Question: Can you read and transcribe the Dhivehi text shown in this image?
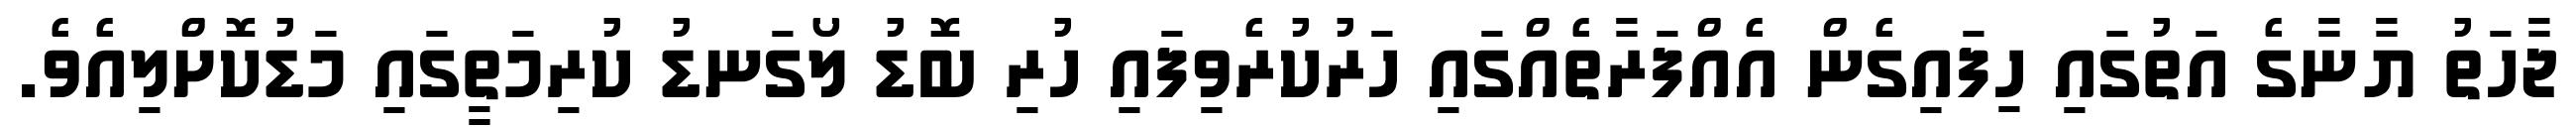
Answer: ޖާހަތު ޔާނާގެ އަތުގައި ހިފައިގެން އެއްފަރާތެއްގައި ހަރުކުރެވިފައި ހުރި ބޮޑު ލޯގަނޑު ކުރިމަތީގައި މަޑުކޮށްލިއެވެ.